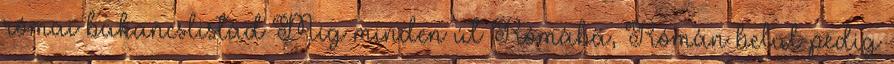
római bakancslistád Míg minden út Rómába, Rómán belül pedig